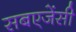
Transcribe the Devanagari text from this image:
सबएजेंसी